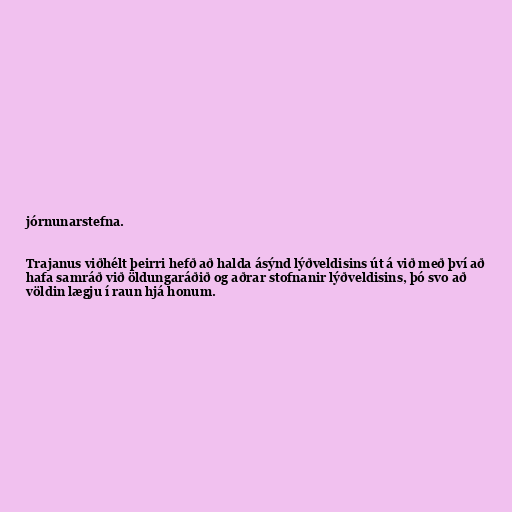
jórnunarstefna.

Trajanus viðhélt þeirri hefð að halda ásýnd lýðveldisins út á við með því að
hafa samráð við öldungaráðið og aðrar stofnanir lýðveldisins, þó svo að
völdin lægju í raun hjá honum.